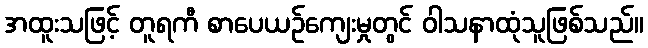
အထူးသဖြင့် တူရကီ စာပေယဉ်ကျေးမှုတွင် ဝါသနာထုံသူဖြစ်သည်။